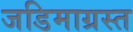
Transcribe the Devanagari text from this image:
जडिमाग्रस्त